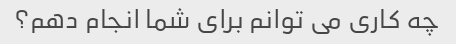
چه کاری می توانم برای شما انجام دهم؟